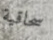
سحاقية